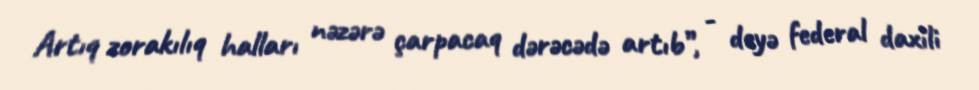
Artıq zorakılıq halları nəzərə çarpacaq dərəcədə artıb”, - deyə federal daxili